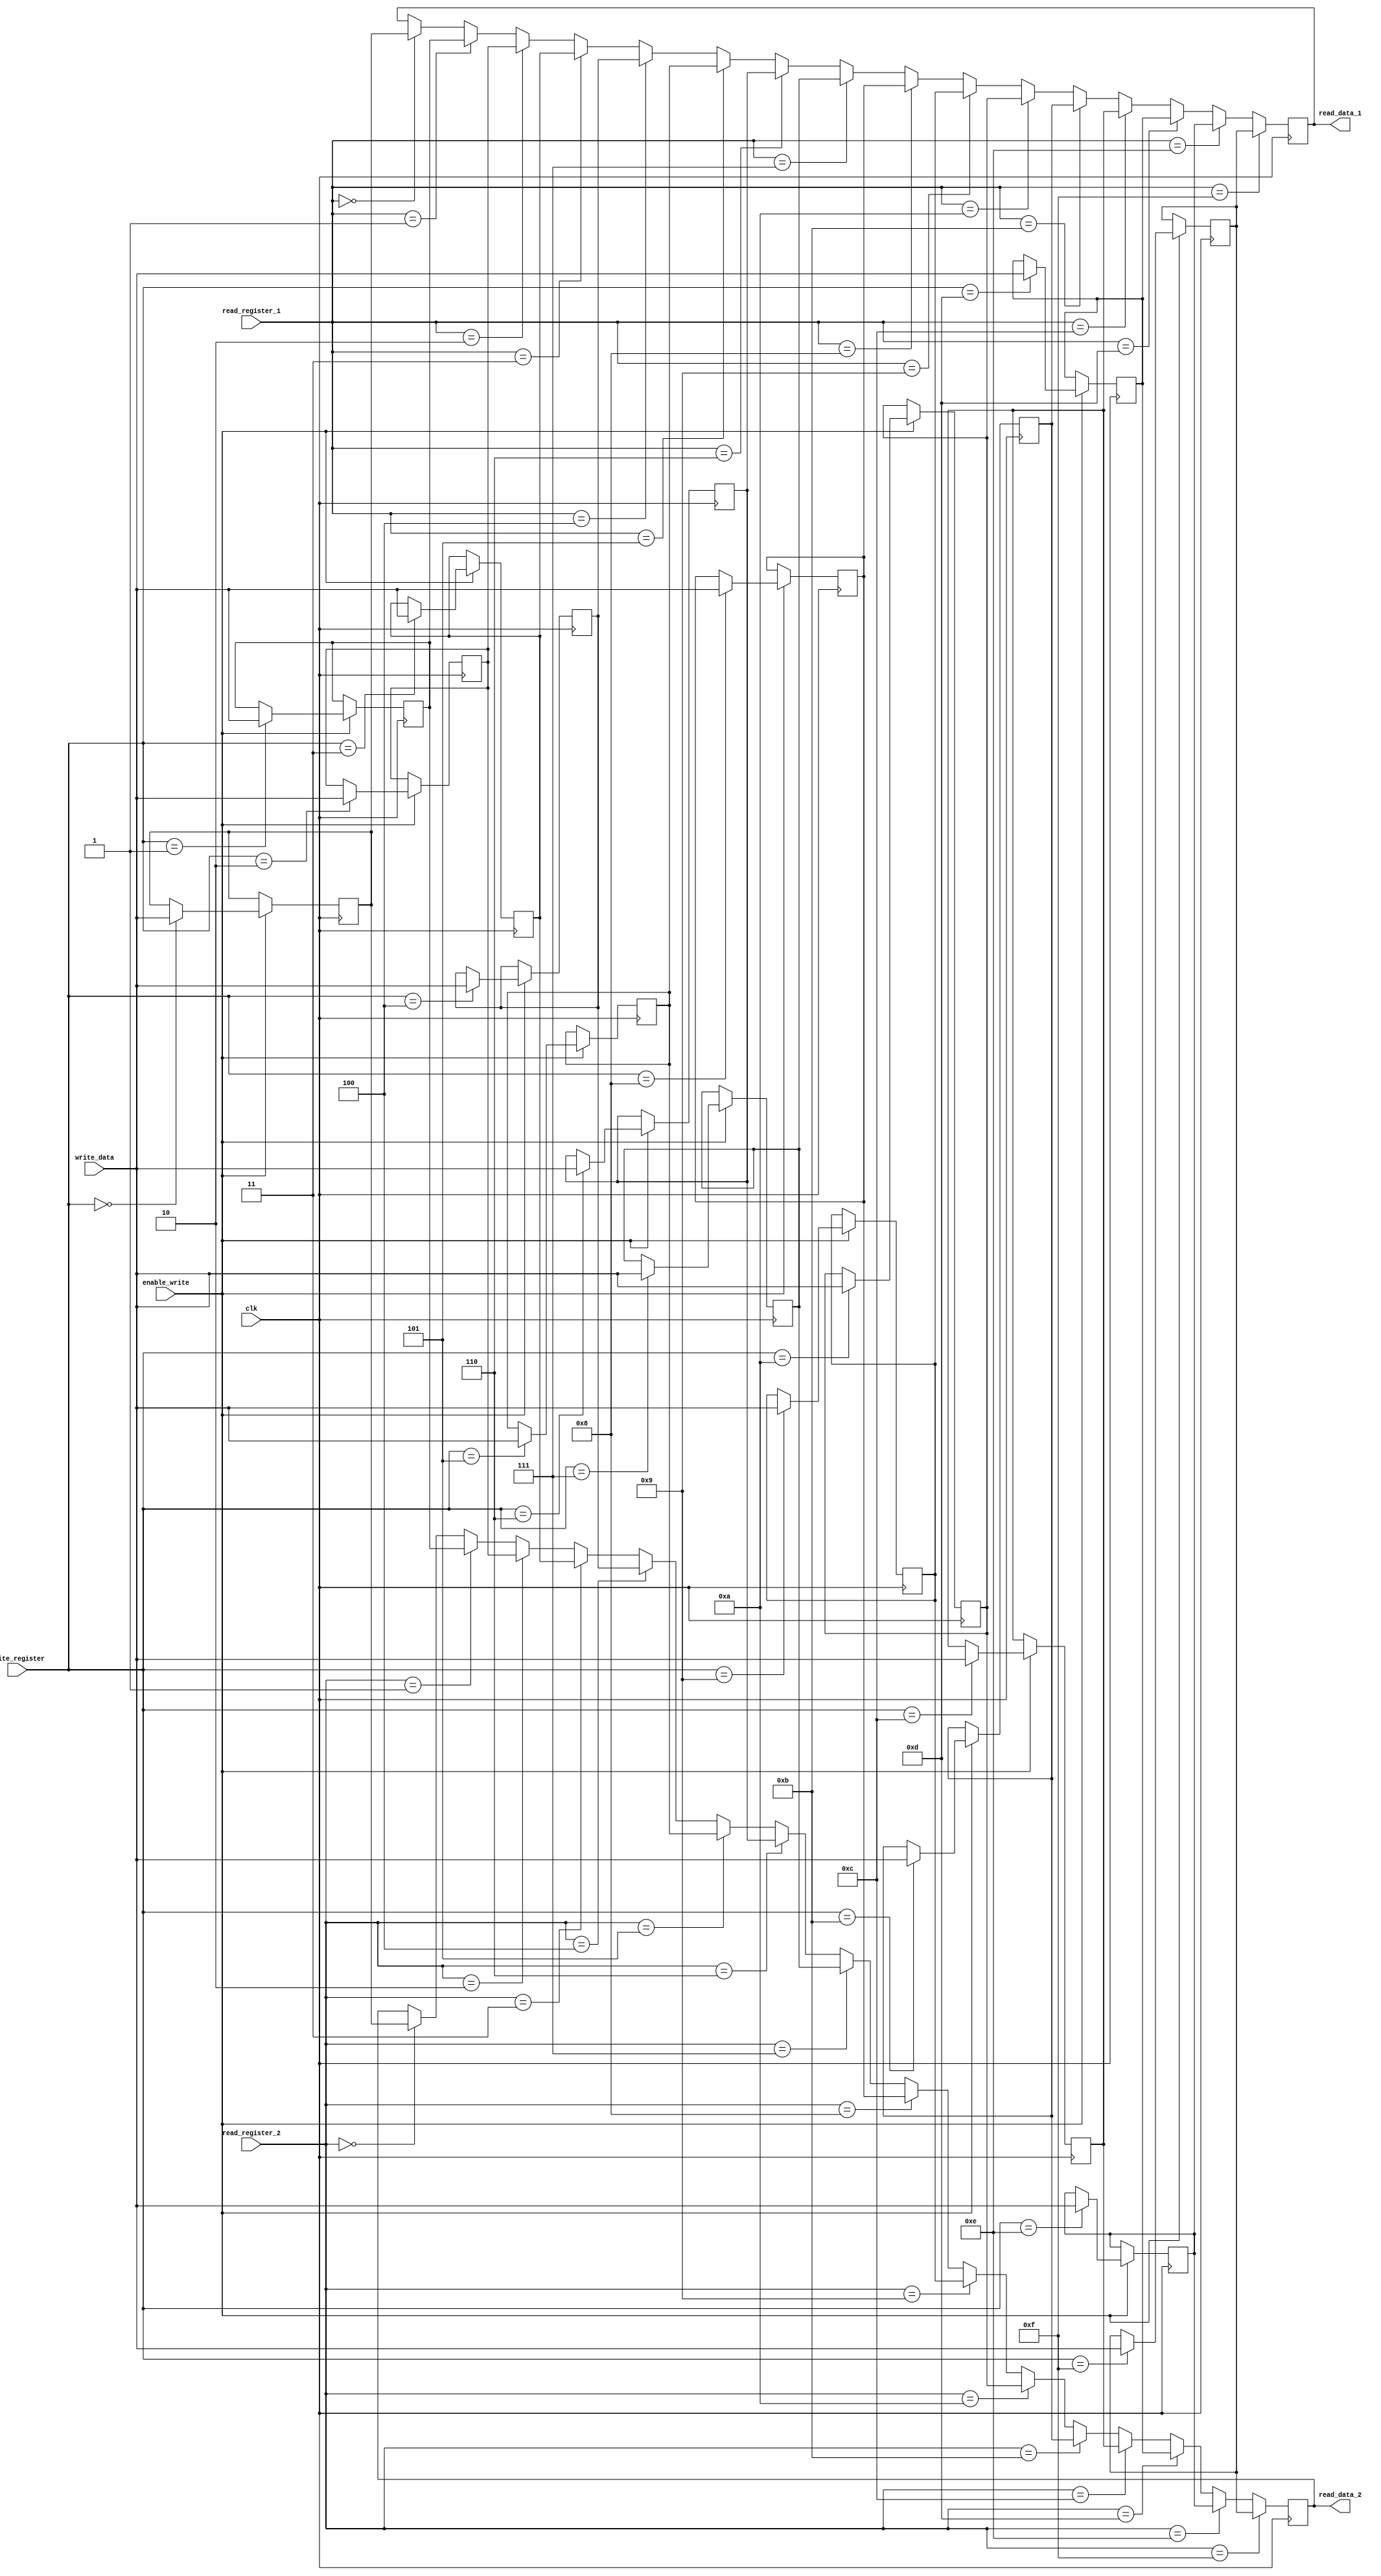
// TP 2.

`timescale 10ps / 1ps
module regfile (
  output reg[15:0] read_data_1, // Register 1 data.
  output reg[15:0] read_data_2, // Register 2 data.
  input[15:0] write_data,       // Write data.
  input[3:0] read_register_1,   // Register 1 address.
  input[3:0] read_register_2,   // Register 2 address.
  input[3:0] write_register,    // Write address.
  input enable_write,	        // Enables write on negedge.
  input clk		        // Clock.
);
  integer i;
  reg[15:0] registers[15:0];

  // Writes on negative edge and reads on positive edge.
  always @ (negedge clk) begin
    if (enable_write) begin
      for (i = 0; i <= 15; i = i + 1) begin
        if (write_register == i) begin
          registers[i] = write_data;
        end
      end
    end
  end

  always @ (posedge clk) begin
    for (i = 0; i <= 15; i = i + 1) begin
      if (read_register_1 == i) begin
        read_data_1 = registers[i];
      end 
      if (read_register_2 == i) begin
        read_data_2 = registers[i];
      end
    end
  end

  initial begin
    registers[3] = 5;
    registers[7] = 1;
    $monitor(
      "reg0 = %b, reg1 = %b", 
      registers[0], registers[1]
    );
  end
endmodule

module alu (
  input[15:0] instruction, // [15:12] opcode, [11:8] write address, [7:4] read address 1, [3:0] read address 2.
  input[15:0] a,           // Register 1 data.
  input[15:0] b,           // Register 2 data.
  output reg[15:0] out     // Operation result.
);
  always@(instruction, a, b) begin
    begin
      case(instruction[15:12])
        0:  out = a + b;
        1:  out = a - b;
        2:  out = (b > instruction[7:4]) ? 1 : 0;
	3:  out = a & b;
	4:  out = a | b;
	5:  out = a ^ b;
	6:  out = a & instruction[7:4];
	7:  out = a | instruction[7:4];
	8:  out = a ^ instruction[7:4];
	9:  out = a + instruction[7:4];
	10: out = a - instruction[7:4];
      endcase
    end
  end
endmodule

module alutb ();
  reg[15:0] instruction;
  wire[15:0] read_data_1;
  wire[15:0] read_data_2;
  wire[15:0] write_data;
  wire[15:0] d_write;
  reg enable_write;
  reg clk;
  
  regfile register_file (
    .read_data_1(read_data_1), 
    .read_data_2(read_data_2),
    .write_data(write_data),
    .write_register(instruction[11:8]),
    .read_register_1(instruction[7:4]),
    .read_register_2(instruction[3:0]), 
    .enable_write(enable_write),
    .clk(clk)
  );
  
  alu alu1 (
    .instruction(instruction),
    .a(read_data_1), 
    .b(read_data_2),
    .out(write_data)
  );
  
  initial begin
    $monitor(
      "Time = %g, clk = %d, inst = %b, enable_w = %b, w_data = %b, r_1 = %b, r_2 = %b", 
      $time, clk, instruction, enable_write, write_data, read_data_1, read_data_2
    );

    instruction = 0;
    clk = 0;
    enable_write = 0;
    instruction[15:12] = 0;
    instruction[11:8] = 3;
    instruction[7:4] = 7;
    instruction[3:0] = 3;
    
    #5 
    enable_write = 1;

    #100 $finish;
  end

  always
    #5 clk = ~clk;

endmodule